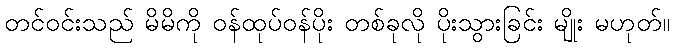
တင်ဝင်းသည် မိမိကို ဝန်ထုပ်ဝန်ပိုး တစ်ခုလို ပိုးသွားခြင်း မျိုး မဟုတ်။